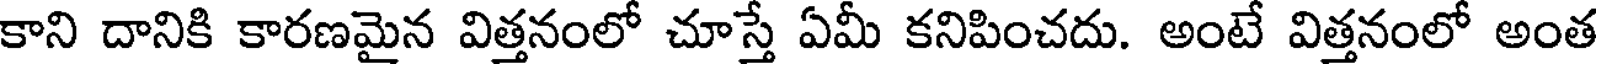
కాని దానికి కారణమైన విత్తనంలో చూస్తే ఏమీ కనిపించదు. అంటే విత్తనంలో అంత